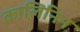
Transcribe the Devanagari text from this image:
कालिनिन